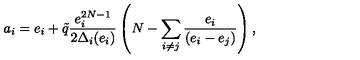
a _ { i } = e _ { i } + \tilde { q } \frac { e _ { i } ^ { 2 N - 1 } } { 2 \Delta _ { i } ( e _ { i } ) } \left( N - \sum _ { i \neq j } \frac { e _ { i } } { ( e _ { i } - e _ { j } ) } \right) ,